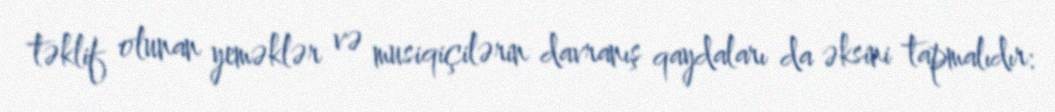
təklif olunan yeməklər və musiqiçilərin davranış qaydaları da əksini tapmalıdır: